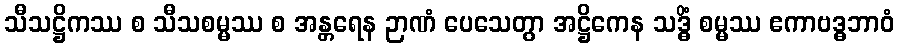
သီသဋ္ဌိကဿ စ သီသစမ္မဿ စ အန္တရေန ဉာဏံ ပေသေတွာ အဋ္ဌိကေန သဒ္ဓိံ စမ္မဿ ဧကာဗဒ္ဓဘာဝံ